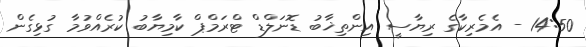
14:50 - އެމެރިކާގެ ރިޔާސީ އިންތިޚާބު ޑޮނަލްޑް ޓްރަމްޕް ކާމިޔާބު ކުރެއްވުމާ ގުޅިގެން